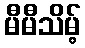
မီမီသိမ့်